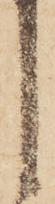
候